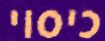
כיסוי